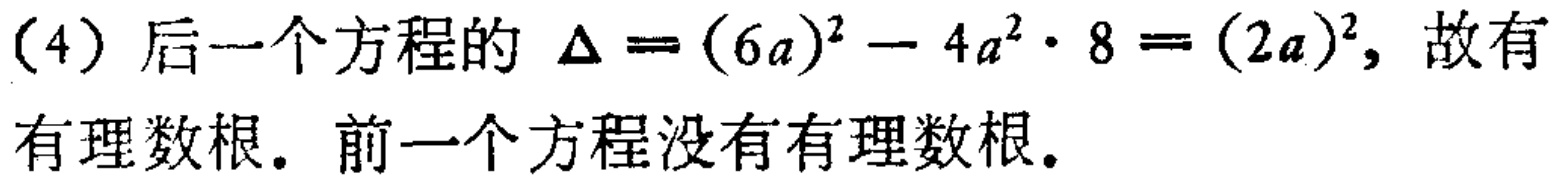
(4) 后一个方程的 $\Delta = (6a)^{2} - 4a^{2} \cdot 8 = (2a)^{2}$, 故有有理数根. 前一个方程没有有理数根.